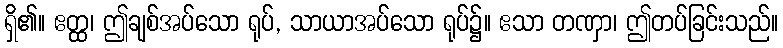
ရှိ၏။ ဧတ္ထ၊ ဤချစ်အပ်သော ရုပ်, သာယာအပ်သော ရုပ်၌။ ဧသာ တဏှာ၊ ဤတပ်ခြင်းသည်။